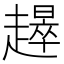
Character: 𧾉